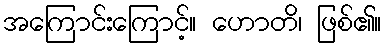
အကြောင်းကြောင့်။ ဟောတိ၊ ဖြစ်၏။